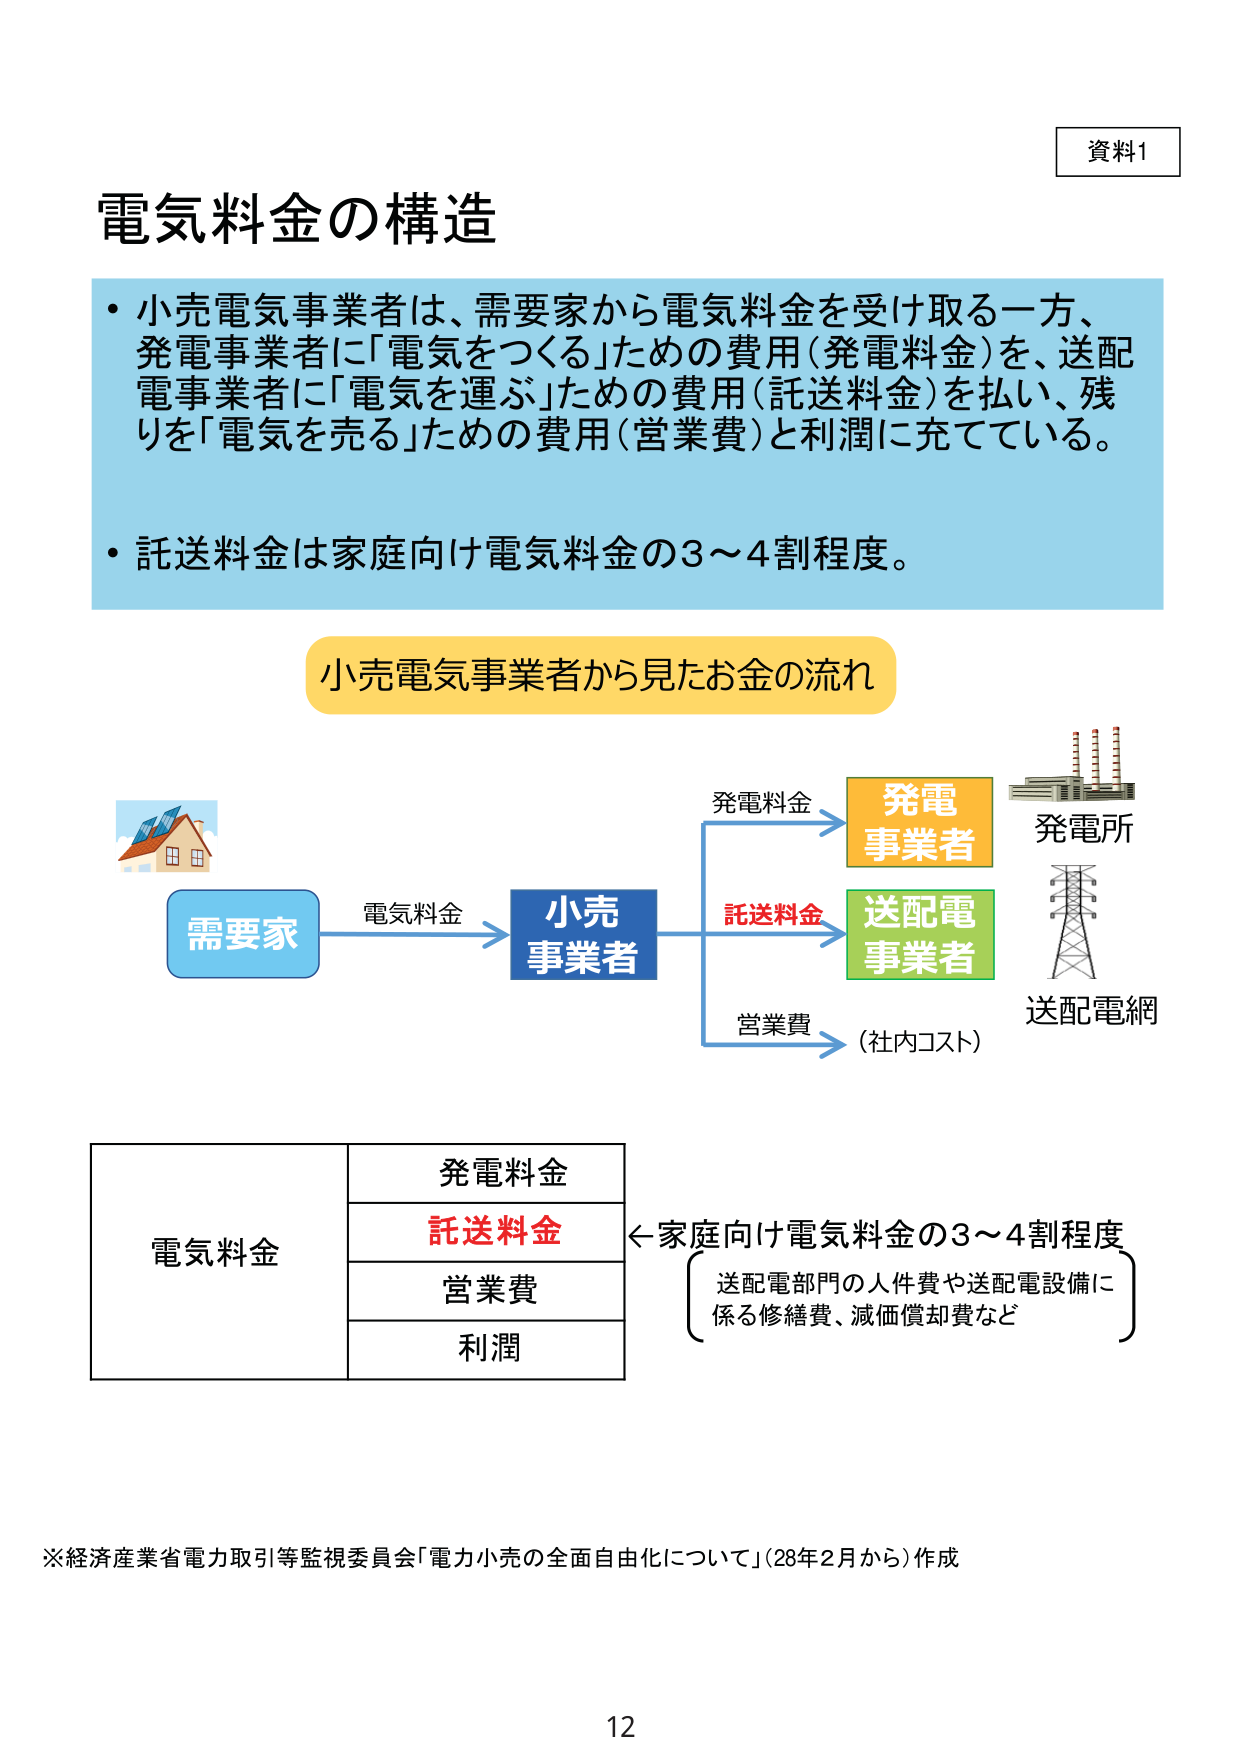
資料1
電気料金の構造
・小売電気事業者は、需要家から電気料金を受け取る一方、発電事業者に「電気をつくる」ための費用（発電料金）を、送配電事業者に「電気を運ぶ」ための費用（託送料金）を払い、残りを「電気を売る」ための費用（営業費）と利潤に充てている。
・託送料金は家庭向け電気料金の3～4割程度。

小売電気事業者から見たお金の流れ
需要家 → 電気料金 → 小売事業者
　　　　　　　　　　　　　　→ 発電料金 → 発電事業者 → 発電所
　　　　　　　　　　　　　　→ 託送料金 → 送配電事業者 → 送配電網
　　　　　　　　　　　　　　→ 営業費 → （社内コスト）

電気料金
　　発電料金
　　託送料金 ←家庭向け電気料金の3～4割程度
　　営業費　　　　送配電部門の人件費や送配電設備に
　　利潤　　　　　係る修繕費、減価償却費など

※経済産業省電力取引等監視委員会「電力小売の全面自由化について」（28年2月から）作成
12